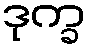
ဒုက္ခ